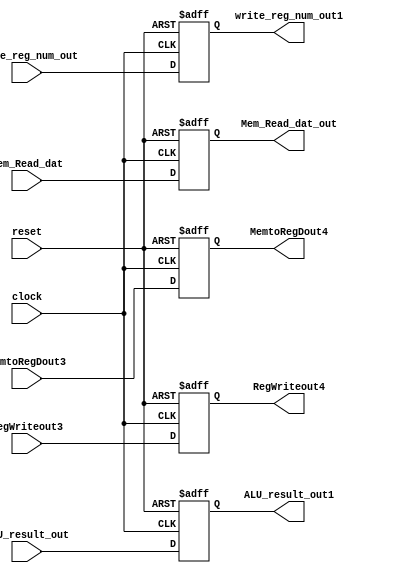

`timescale 1ns / 1ps
//////////////////////////////////////////////////////////////////////////////////
// Company: 
// Engineer: 
// 
// Design Name: 
// Module Name: MEM_WB
// Project Name: 
// Target Devices: 
// Tool Versions: 
// Description: 
// 
// Dependencies: 
// 
// Revision:
// Revision 0.01 - File Created
// Additional Comments:
// 
//////////////////////////////////////////////////////////////////////////////////

module MEM_WB(

input clock,
input reset,
input [31:0] ALU_result_out, // store
input [4:0] write_reg_num_out, // store

input [31:0] Mem_Read_dat, // store
input MemtoRegDout3,
input RegWriteout3,



output [4:0] write_reg_num_out1,
output [31:0] ALU_result_out1,
output [31:0] Mem_Read_dat_out,
output  MemtoRegDout4,
output  RegWriteout4




);


reg [4:0] storewrite_reg_num_out;
reg [31:0] storeALU_result_out;
reg [31:0] storeMem_Read_dat;
reg b,a;

assign write_reg_num_out1 = storewrite_reg_num_out;
assign ALU_result_out1 = storeALU_result_out;
assign Mem_Read_dat_out = storeMem_Read_dat;
assign RegWriteout4 = a;
assign MemtoRegDout4 = b;






always @(posedge clock , negedge reset)
begin
if(reset ==0)
begin 
storewrite_reg_num_out = 5'b0;
storeALU_result_out = 32'b0;
storeMem_Read_dat = 32'b0;
a = 1'b0;
b = 1'b0;
end
else
begin

storewrite_reg_num_out = write_reg_num_out;
storeALU_result_out = ALU_result_out;
storeMem_Read_dat = Mem_Read_dat;
a= RegWriteout3;
b = MemtoRegDout3;
end





end
endmodule